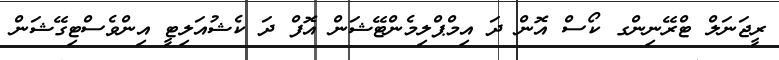
ރީޖަނަލް ޓްރޭނިންގ ކޯސް އޮން ދަ އިމްޕްލިމެންޓޭޝަން އޮފް ދަ ކެޝުއަލިޓީ އިންވެސްޓިގޭޝަން